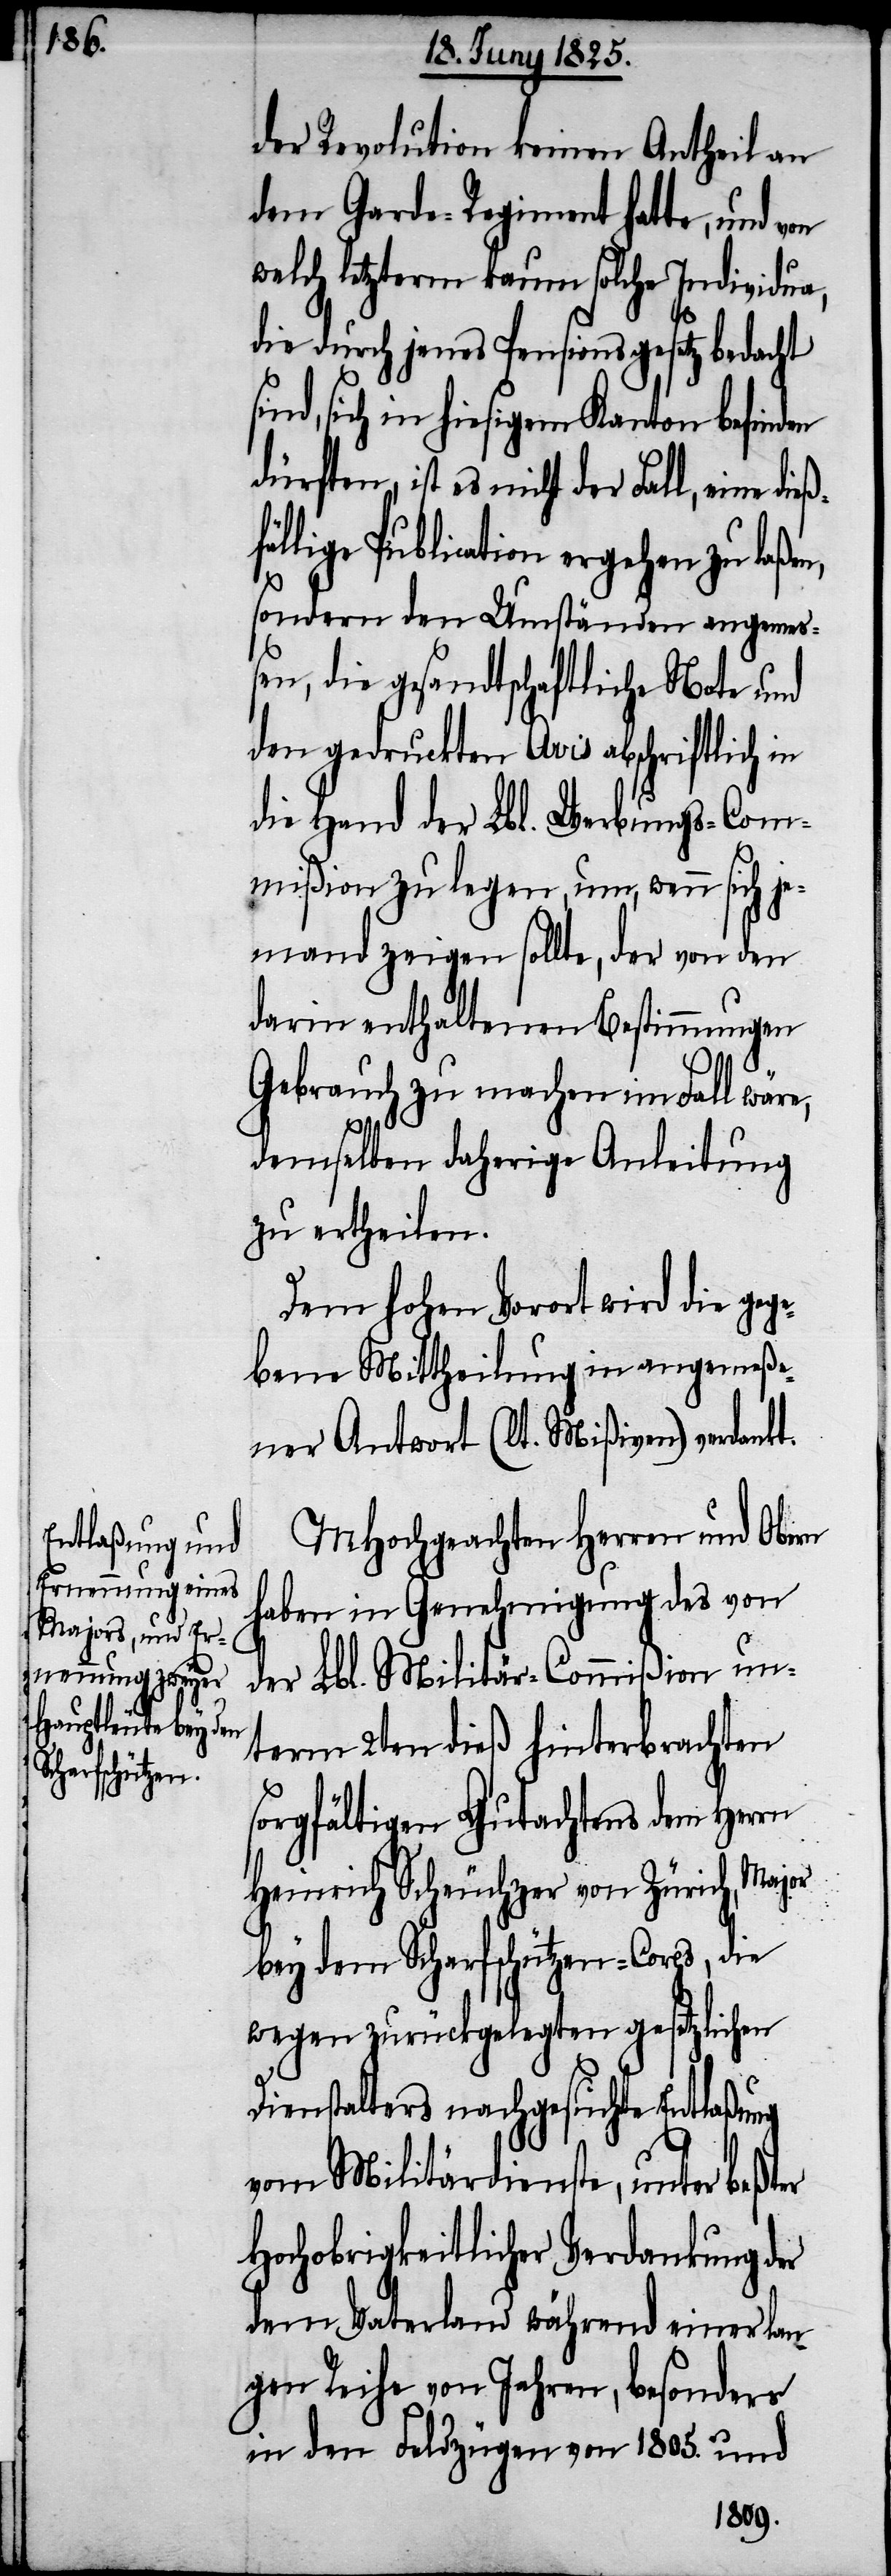
n,

der Revolution keinen Antheil an
dem Garde-Regiment hatte, und von
welch letzterm kaum solche Individua,
die durch jenes Pensionsgesetz bedacht
ind, sich in hiesigem Kanton befinden
ürften, ist es nicht der Fall, eine di¬
ällige Publication ergehen zu laße¬
sondern den Umständen angeme¬
ßen, die gesandtschaftliche Note und
den gedruckten Avis abschriftlich in
die Hand der Lbl. Werbungs-Com¬
mißion zu legen, um, wenn sich je¬
mand zeigen sollte, der von den
darin enthaltenen Bestimmungen
Gebrauch zu machen im Fall wäre,
demselben daherige Anleitung
zu ertheilen.
Dem hohen Vorort wird die gege¬
bene Mittheilung in angemeße¬
ner Antwort (lt. Mißiven) verdankt.
MHochgeachten Herren und Obern
haben in Genehmigung des von
der Lbl. Militär-Commißion un¬
term 2ten dieß hinterbrachten
sorgfältigen Gutachtens dem Herrn
Major
Heinrich Scheuchzer von Züric¬
h,
bey dem Scharfschützen-Corps,
wegen zurückgelegten gesetzlichen
Dienstalters nachgesuchte Entlaßung
vom Militärdienste, unter beßter
Hochobrigkeitlicher Verdankung der
dem Vaterland während einer lan¬
gen Reihe von Jahren, besonders
in den Feldzügen von 1805. und